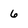
Character: 6